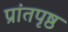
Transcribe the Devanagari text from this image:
प्रांतपृष्ठ